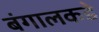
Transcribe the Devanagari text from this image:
बंगालकडे